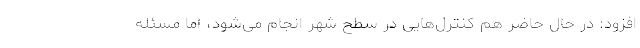
افزود: در حال حاضر هم کنترل‌هایی در سطح شهر انجام می‌شود، اما مسئله‌